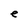
Character: e